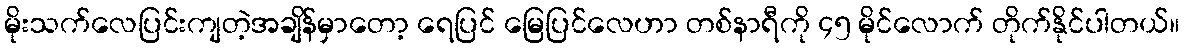
မိုးသက်လေပြင်းကျတဲ့အချိန်မှာတော့ ရေပြင် မြေပြင်လေဟာ တစ်နာရီကို ၄၅ မိုင်လောက် တိုက်နိုင်ပါတယ်။